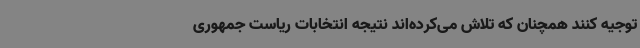
توجیه کنند همچنان که تلاش می‌کرده‌اند نتیجه انتخابات ریاست جمهوری